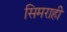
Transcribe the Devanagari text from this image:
सिमराही